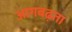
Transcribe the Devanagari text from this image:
आगबढ़ता